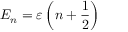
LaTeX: E _ { n } = \varepsilon \left( n + { \frac { 1 } { 2 } } \right)